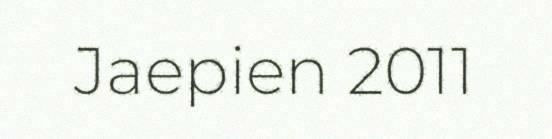
Jaepien 2011